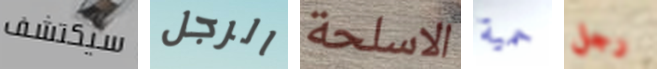
سيكتشف الرجل الاسلحة حمية رجل